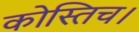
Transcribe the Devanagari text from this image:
कोस्तिच।